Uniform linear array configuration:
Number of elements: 16
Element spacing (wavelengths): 0.75
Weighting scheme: cosine
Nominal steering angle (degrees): -45
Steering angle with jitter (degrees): -46.59
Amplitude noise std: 0.05
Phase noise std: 0.05

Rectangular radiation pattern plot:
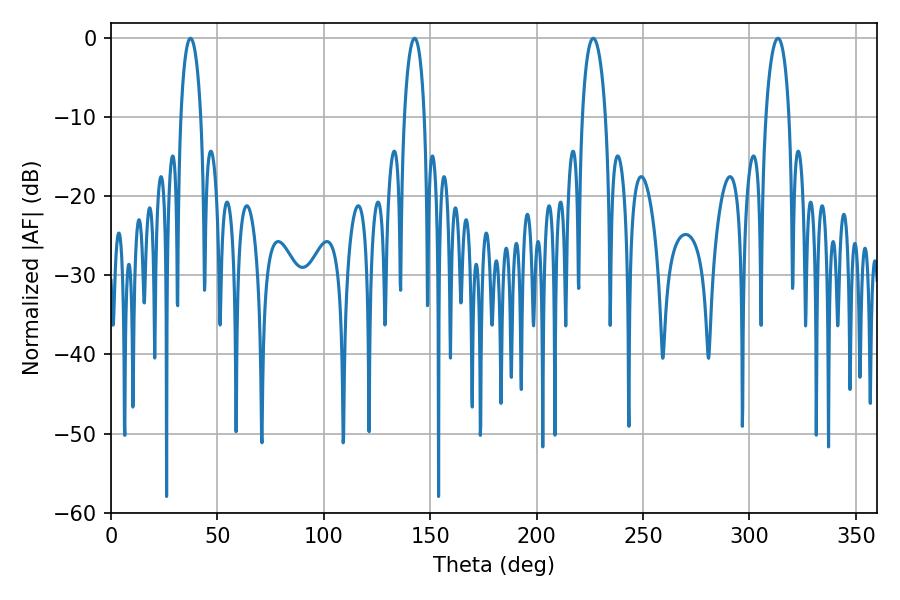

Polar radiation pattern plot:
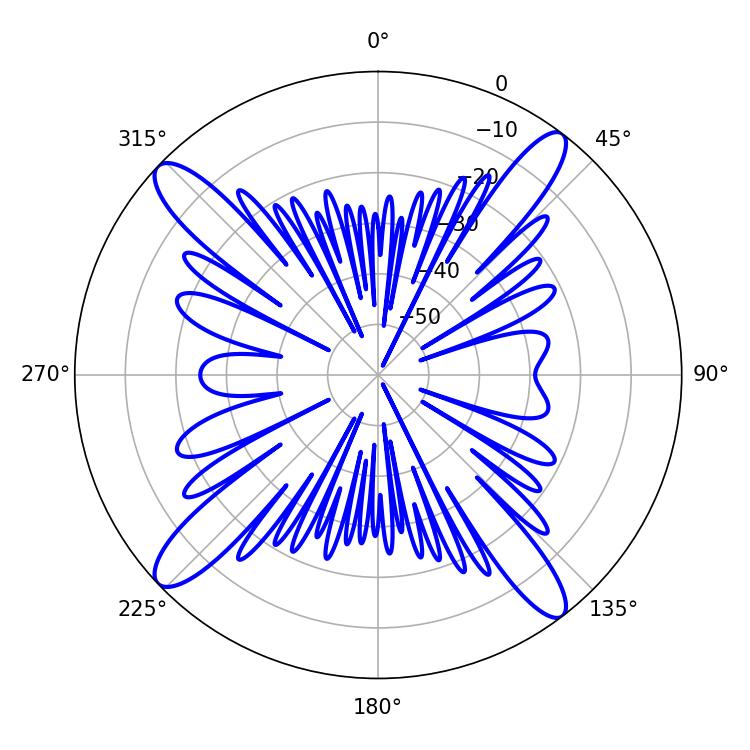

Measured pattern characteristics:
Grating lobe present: TRUE
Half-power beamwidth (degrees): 6.3
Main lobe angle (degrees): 226.62